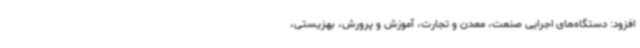
افزود: دستگاه‌های اجرایی صنعت، معدن و تجارت، آموزش و پرورش، بهزیستی،